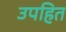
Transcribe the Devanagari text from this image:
उपहित